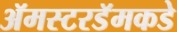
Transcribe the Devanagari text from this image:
ॲमस्टरडॅमकडे